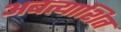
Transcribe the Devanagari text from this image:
अबत्याशित